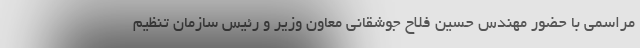
مراسمی با حضور مهندس حسین فلاح جوشقانی معاون وزیر و رئیس سازمان تنظیم